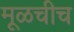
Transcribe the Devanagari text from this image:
मूळचीच